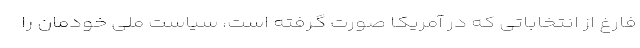
فارغ از انتخاباتی که در آمریکا صورت گرفته است، سیاست ملی خودمان را